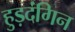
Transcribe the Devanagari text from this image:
हुड़दंगिन